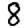
Digit: 8